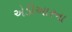
એડીઆરના